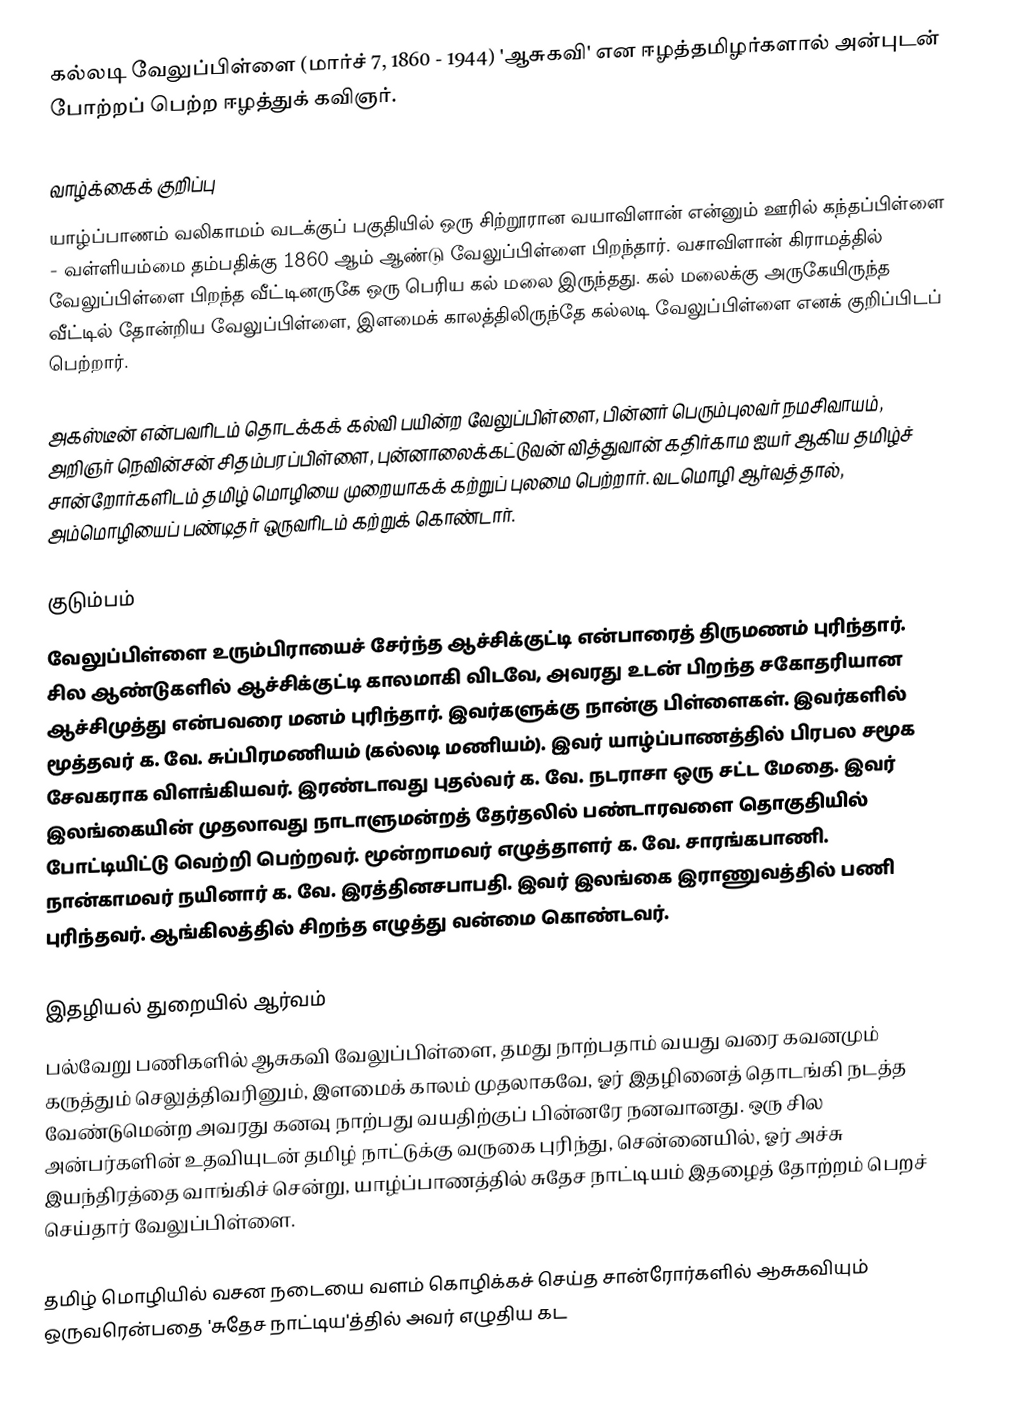
கல்லடி வேலுப்பிள்ளை (மார்ச் 7, 1860 - 1944) 'ஆசுகவி' என ஈழத்தமிழர்களால் அன்புடன் போற்றப் பெற்ற ஈழத்துக் கவிஞர்.

வாழ்க்கைக் குறிப்பு
யாழ்ப்பாணம் வலிகாமம் வடக்குப் பகுதியில் ஒரு சிற்றூரான வயாவிளான் என்னும் ஊரில் கந்தப்பிள்ளை - வள்ளியம்மை தம்பதிக்கு 1860 ஆம் ஆண்டு வேலுப்பிள்ளை பிறந்தார். வசாவிளான் கிராமத்தில் வேலுப்பிள்ளை பிறந்த வீட்டினருகே ஒரு பெரிய கல் மலை இருந்தது. கல் மலைக்கு அருகேயிருந்த வீட்டில் தோன்றிய வேலுப்பிள்ளை, இளமைக் காலத்திலிருந்தே கல்லடி வேலுப்பிள்ளை எனக் குறிப்பிடப் பெற்றார்.

அகஸ்டீன் என்பவரிடம் தொடக்கக் கல்வி பயின்ற வேலுப்பிள்ளை, பின்னர் பெரும்புலவர் நமசிவாயம், அறிஞர் நெவின்சன் சிதம்பரப்பிள்ளை, புன்னாலைக்கட்டுவன் வித்துவான் கதிர்காம ஐயர் ஆகிய தமிழ்ச் சான்றோர்களிடம் தமிழ் மொழியை முறையாகக் கற்றுப் புலமை பெற்றார். வடமொழி ஆர்வத்தால், அம்மொழியைப் பண்டிதர் ஒருவரிடம் கற்றுக் கொண்டார்.

குடும்பம்
வேலுப்பிள்ளை உரும்பிராயைச் சேர்ந்த ஆச்சிக்குட்டி என்பாரைத் திருமணம் புரிந்தார். சில ஆண்டுகளில் ஆச்சிக்குட்டி காலமாகி விடவே, அவரது உடன் பிறந்த சகோதரியான ஆச்சிமுத்து என்பவரை மனம் புரிந்தார். இவர்களுக்கு நான்கு பிள்ளைகள். இவர்களில் மூத்தவர் க. வே. சுப்பிரமணியம் (கல்லடி மணியம்). இவர் யாழ்ப்பாணத்தில் பிரபல சமூக சேவகராக விளங்கியவர். இரண்டாவது புதல்வர் க. வே. நடராசா ஒரு சட்ட மேதை. இவர் இலங்கையின் முதலாவது நாடாளுமன்றத் தேர்தலில் பண்டாரவளை தொகுதியில் போட்டியிட்டு வெற்றி பெற்றவர். மூன்றாமவர் எழுத்தாளர் க. வே. சாரங்கபாணி. நான்காமவர் நயினார் க. வே. இரத்தினசபாபதி. இவர் இலங்கை இராணுவத்தில் பணி புரிந்தவர். ஆங்கிலத்தில் சிறந்த எழுத்து வன்மை கொண்டவர்.

இதழியல் துறையில் ஆர்வம்
பல்வேறு பணிகளில் ஆசுகவி வேலுப்பிள்ளை, தமது நாற்பதாம் வயது வரை கவனமும் கருத்தும் செலுத்திவரினும், இளமைக் காலம் முதலாகவே, ஓர் இதழினைத் தொடங்கி நடத்த வேண்டுமென்ற அவரது கனவு நாற்பது வயதிற்குப் பின்னரே நனவானது. ஒரு சில அன்பர்களின் உதவியுடன் தமிழ் நாட்டுக்கு வருகை புரிந்து, சென்னையில், ஓர் அச்சு இயந்திரத்தை வாங்கிச் சென்று, யாழ்ப்பாணத்தில் சுதேச நாட்டியம் இதழைத் தோற்றம் பெறச் செய்தார் வேலுப்பிள்ளை.

தமிழ் மொழியில் வசன நடையை வளம் கொழிக்கச் செய்த சான்ரோர்களில் ஆசுகவியும் ஒருவரென்பதை 'சுதேச நாட்டிய'த்தில் அவர் எழுதிய கட